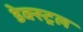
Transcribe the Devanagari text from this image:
डेक्स्ट्रल